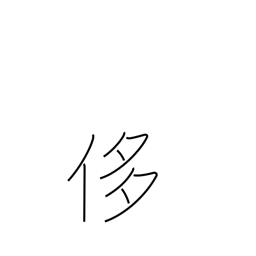
Meaning: pride